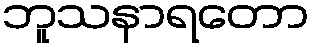
ဘူသနာရတော